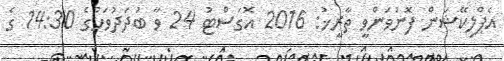
އެޕްލިކޭޝަން ފޮނުވަންވީ ތާރީޚު: 2016 އޮގަސްޓު 24 ވާ ބުދަދުވަހުގެ 14:30 ގެ